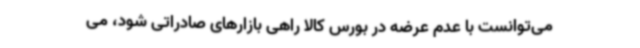
می‌توانست با عدم عرضه در بورس کالا راهی بازارهای صادراتی شود، می‌